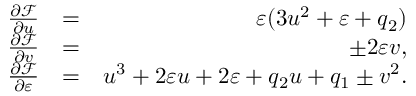
\begin{array} { r l r } { \frac { \partial \mathcal { F } } { \partial u } } & { = } & { \varepsilon ( 3 u ^ { 2 } + \varepsilon + q _ { 2 } ) } \\ { \frac { \partial \mathcal { F } } { \partial v } } & { = } & { \pm 2 \varepsilon v , } \\ { \frac { \partial \mathcal { F } } { \partial \varepsilon } } & { = } & { u ^ { 3 } + 2 \varepsilon u + 2 \varepsilon + q _ { 2 } u + q _ { 1 } \pm v ^ { 2 } . } \end{array}